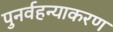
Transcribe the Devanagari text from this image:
पुनर्वहन्‍याकरण